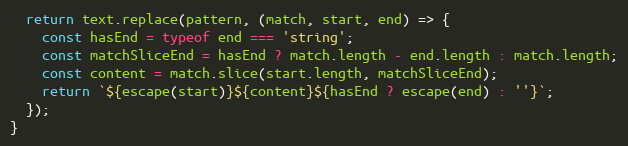
Language: JavaScript
  return text.replace(pattern, (match, start, end) => {
    const hasEnd = typeof end === 'string';
    const matchSliceEnd = hasEnd ? match.length - end.length : match.length;
    const content = match.slice(start.length, matchSliceEnd);
    return `${escape(start)}${content}${hasEnd ? escape(end) : ''}`;
  });
}